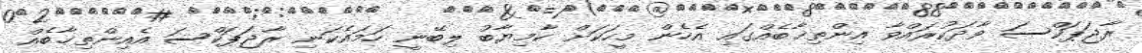
ރާޖަޕަކްސަ ވާދަކުރައްވާ އިންތިޚާބެއްގައި އެހެން މީހަކަށް ކާމިޔާބު ލިބޭނީ ހަމައެކަނި ރާޖަޕަކްސަ އެއިންތިޚާބެއް